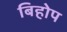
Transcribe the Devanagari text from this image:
बिहोप